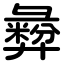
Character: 彜